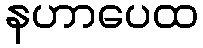
နဟာပေထ